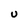
Character: U